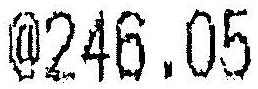
@246.05